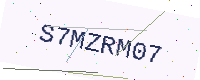
Text: S7MZRM07